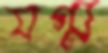
যগ্ম